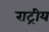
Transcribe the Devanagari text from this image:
राट्रीय